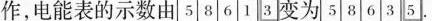
作，电能表的示数由5 8 6 1 3 变为5 8 6 3 5。